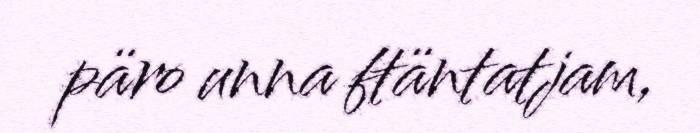
päro unna ftäntatjam,